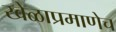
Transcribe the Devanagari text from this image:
खेळाप्रमाणेच